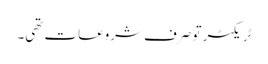
ٹریکٹر تو صرف شروعات تھی۔